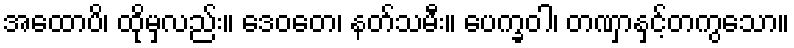
အထောပိ၊ ထိုမှလည်း။ ဒေဝတေ၊ နတ်သမီး။ ပေက္ခဝါ၊ တဏှာနှင့်တကွသော။